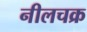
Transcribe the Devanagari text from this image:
नीलचक्र